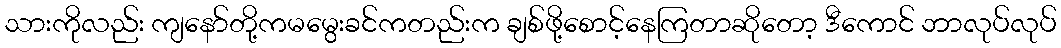
သားကိုလည်း ကျနော်တို့ကမမွေးခင်ကတည်းက ချစ်ဖို့စောင့်နေကြတာဆိုတော့ ဒီကောင် ဘာလုပ်လုပ်